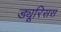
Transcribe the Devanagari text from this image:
ड्यूरिसस